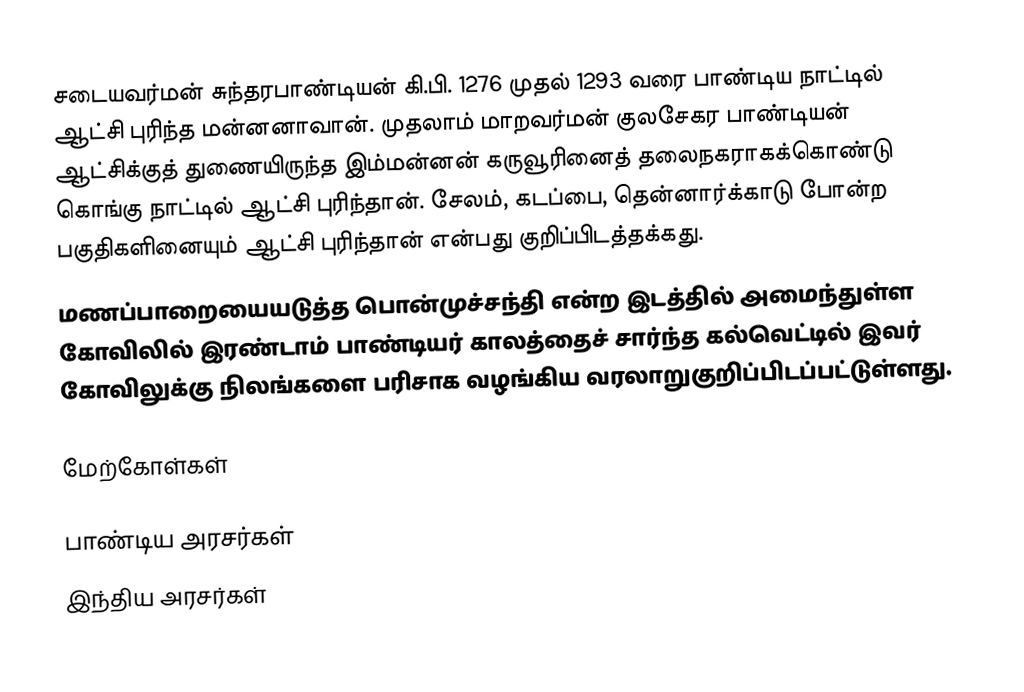
சடையவர்மன் சுந்தரபாண்டியன் கி.பி. 1276 முதல் 1293 வரை பாண்டிய நாட்டில் ஆட்சி புரிந்த மன்னனாவான். முதலாம் மாறவர்மன் குலசேகர பாண்டியன் ஆட்சிக்குத் துணையிருந்த இம்மன்னன் கருவூரினைத் தலைநகராகக்கொண்டு கொங்கு நாட்டில் ஆட்சி புரிந்தான். சேலம், கடப்பை, தென்னார்க்காடு போன்ற பகுதிகளினையும் ஆட்சி புரிந்தான் என்பது குறிப்பிடத்தக்கது.
மணப்பாறையையடுத்த பொன்முச்சந்தி என்ற இடத்தில் அமைந்துள்ள கோவிலில் இரண்டாம் பாண்டியர் காலத்தைச் சார்ந்த கல்வெட்டில் இவர் கோவிலுக்கு நிலங்களை பரிசாக வழங்கிய  வரலாறுகுறிப்பிடப்பட்டுள்ளது.

மேற்கோள்கள்

பாண்டிய அரசர்கள்
இந்திய அரசர்கள்